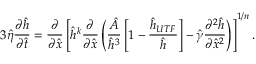
3 \hat { \eta } \frac { \partial \hat { h } } { \partial \hat { t } } = \frac { \partial } { \partial \hat { x } } \left[ \hat { h } ^ { k } \frac { \partial } { \partial \hat { x } } \left( \frac { \hat { A } } { \hat { h } ^ { 3 } } \left[ 1 - \frac { \hat { h } _ { U T F } } { \hat { h } } \right] - \hat { \gamma } \frac { \partial ^ { 2 } \hat { h } } { \partial \hat { x } ^ { 2 } } \right) \right] ^ { 1 / n } .